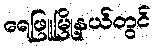
ရေဖြူမြို့နယ်တွင်